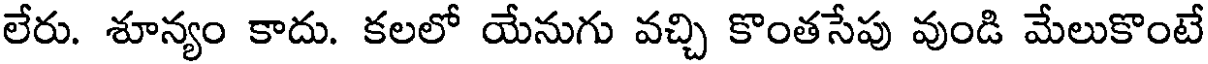
లేరు. శూన్యం కాదు. కలలో యేనుగు వచ్చి కొంతసేపు వుండి మేలుకొంటే